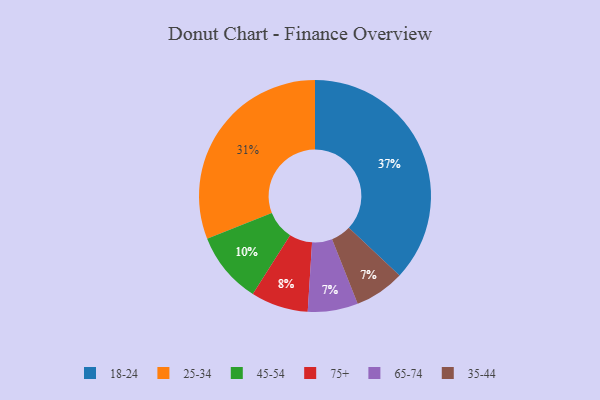
{"axis": {"x": "Category", "y": "Percentage"}, "legend": ["18-24", "25-34", "35-44", "45-54", "65-74", "75+"], "data": [{"x": "18-24", "y": 37, "type": "18-24"}, {"x": "65-74", "y": 7, "type": "65-74"}, {"x": "75+", "y": 8, "type": "75+"}, {"x": "25-34", "y": 31, "type": "25-34"}, {"x": "35-44", "y": 7, "type": "35-44"}, {"x": "45-54", "y": 10, "type": "45-54"}]}